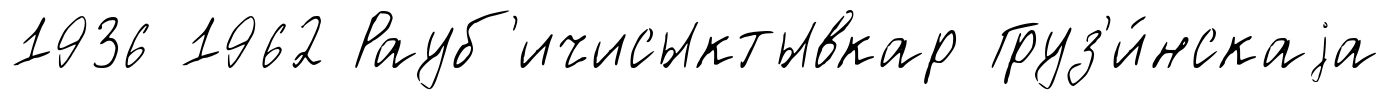
1936 1962 Рауб'ичисыктывкар Груз'и́нскаjа